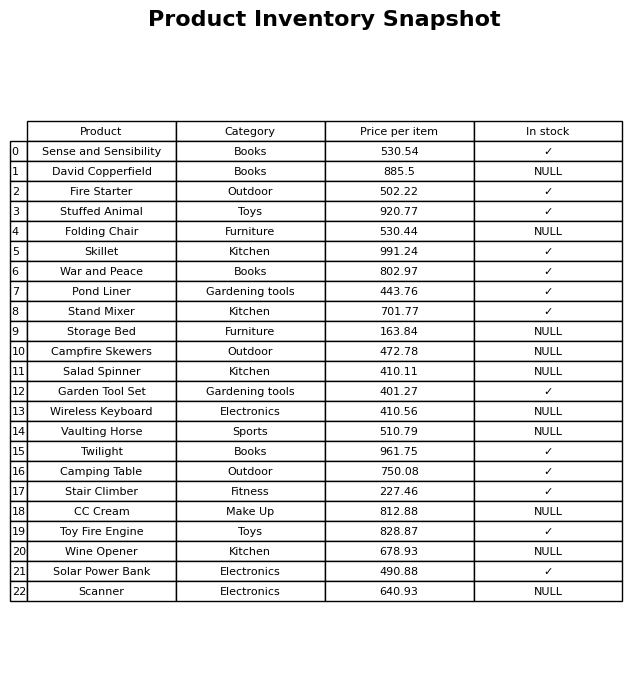
question: What is the price for Pond Liner?
answer: The price of Pond Liner is 443.76.